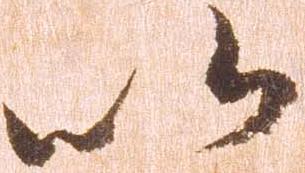
以